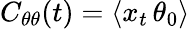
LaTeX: C_{\theta\theta}(t)=\langle x_{t}\, \theta_{0}\rangle